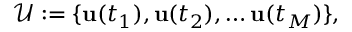
\mathcal { U } : = \{ \mathbf { u } ( t _ { 1 } ) , \mathbf { u } ( t _ { 2 } ) , \dots \mathbf { u } ( t _ { M } ) \} ,